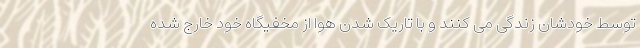
توسط خودشان زندگی می کنند و با تاریک شدن هوا از مخفیگاه خود خارج شده